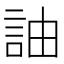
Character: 䛆